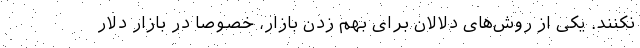
نکنند. یکی از روش‌های دلالان برای بهم زدن بازار، خصوصا در بازار دلار